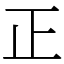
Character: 正